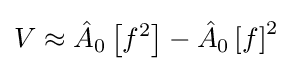
V\approx {\hat {A}}_{0}\left[f^{2}\right]-{\hat {A}}_{0}\left[f\right]^{2}